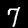
Label: 7